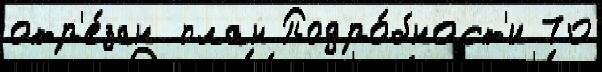
отр'е́зан план Подро́бност'и 70